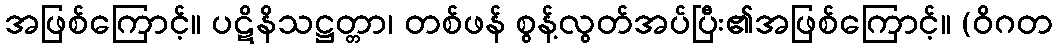
အဖြစ်ကြောင့်။ ပဋိနိသဋ္ဌတ္တာ၊ တစ်ဖန် စွန့်လွတ်အပ်ပြီး၏အဖြစ်ကြောင့်။ (ဝိဂတ